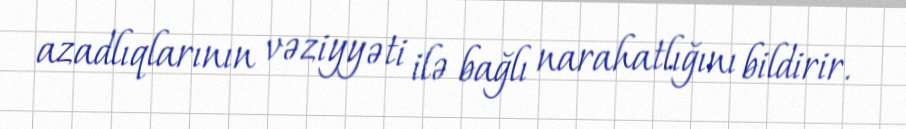
azadlıqlarının vəziyyəti ilə bağlı narahatlığını bildirir.